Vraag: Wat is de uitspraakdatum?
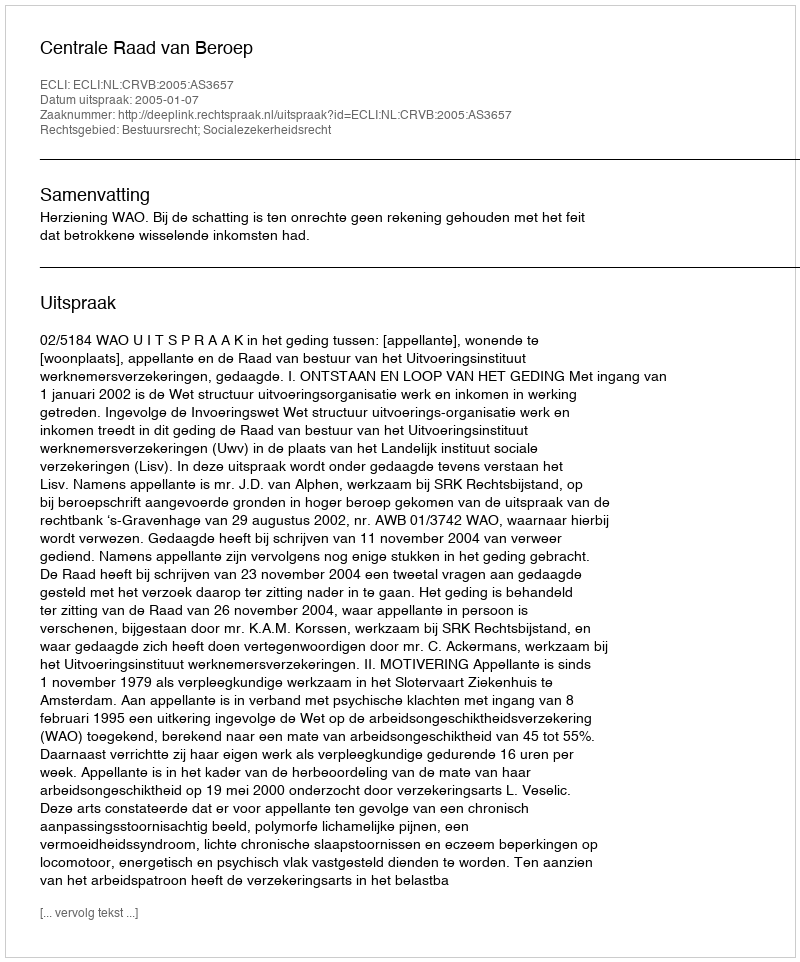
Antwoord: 2005-01-07